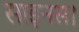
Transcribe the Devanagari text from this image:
साइनस।